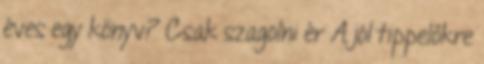
éves egy könyv? Csak szagolni ér A jól tippelőkre